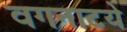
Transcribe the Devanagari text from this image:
वगनाटये